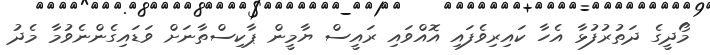
މޯދީގެ ދަތުރުފުޅާ އެހާ ކައިރިވެފައި އޮއްވައި ރައީސް ޔާމީން ޕާކިސްތާނަށް ވަޑައިގެންނެވުމާ މެދު